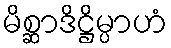
မိစ္ဆာဒိဋ္ဌိမ္ပာဟံ